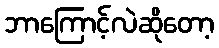
ဘာကြောင့်လဲဆိုတော့